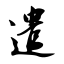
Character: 遣